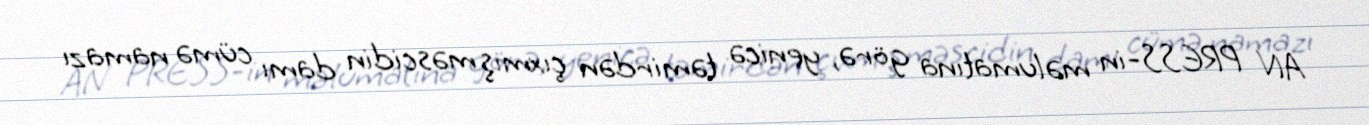
AN PRESS-in məlumatına görə, yenicə təmirdən çıxmış məscidin damı cümə namazı